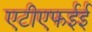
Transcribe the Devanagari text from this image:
एटीएफईई